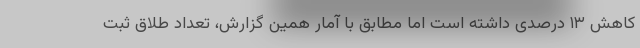
کاهش ۱۳ درصدی داشته است اما مطابق با آمار همین گزارش، تعداد طلاق ثبت